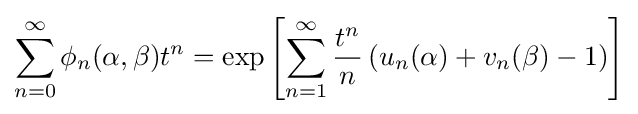
\sum _{n=0}^{\infty }\phi _{n}(\alpha ,\beta )t^{n}=\exp \left[\sum _{n=1}^{\infty }{\frac {t^{n}}{n}}\left(u_{n}(\alpha )+v_{n}(\beta )-1\right)\right]